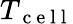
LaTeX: T_{\mathrm{~c~e~l~l~}}